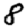
Digit: 8